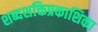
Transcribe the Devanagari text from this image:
शब्दशक्तिप्रकाशिका